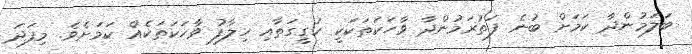
ބަލަމުންދާ ކަމަށް ބުނެ ފަތުރަމުންދާ ވާހަކަތަކަކީ ހަގީގަތާއި ހިލާފު ވާހަކަތަކެއް ކަމަށެވެ. މިފަދަ